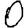
Digit: 0